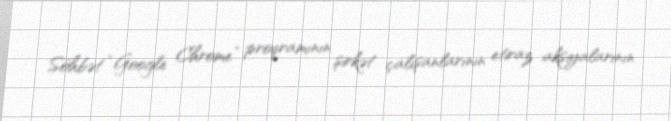
Söhbət “Google Chrome” proqramının şirkət çalışanlarının etiraz aksiyalarının